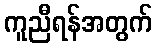
ကူညီရန်အတွက်